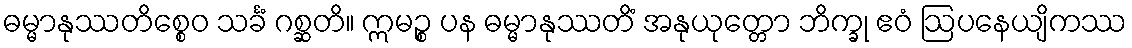
ဓမ္မာနုဿတိစ္စေဝ သင်္ခံ ဂစ္ဆတိ။ ဣမဉ္စ ပန ဓမ္မာနုဿတိံ အနုယုတ္တော ဘိက္ခု ဧဝံ ဩပနေယျိကဿ